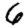
Digit: 6